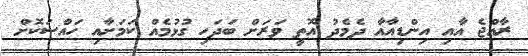
ރާއްޖެ އާއި އިންޑިއާއާ ދެމެދު އޮތީ ވަރަށް ބަދަހި ގުޅުމެއް ކަމަށާއި ހައްސަކޮށް